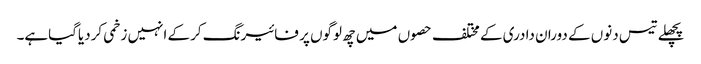
پچھلے تیس دنوں کے دوران دادری کے مختلف حصوں میں چھ لوگوں پر فائیرنگ کرکے انہیں زخمی کردیاگیاہے۔